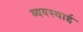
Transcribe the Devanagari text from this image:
व्यवस्थाई